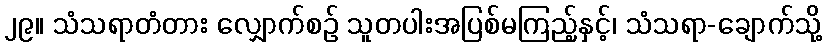
၂၉။ သံသရာတံတား လျှောက်စဉ် သူတပါးအပြစ်မကြည့်နှင့်၊ သံသရာ-ချောက်သို့